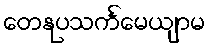
တေနုပသင်္ကမေယျာမ